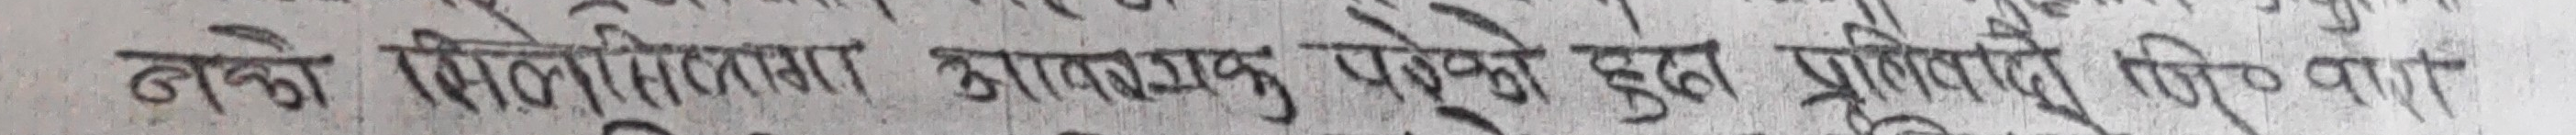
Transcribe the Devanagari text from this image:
बले मिलिभिसना आग्रात्मक पेषणे हुदा प्रतिपादन गरिएको